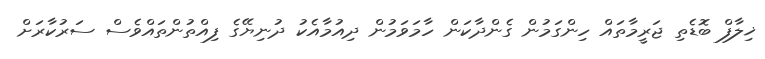
ޚިލާފް ބޮޑެތި ޖަރީމާތައް ހިންގަމުން ގެންދާކަން ހާމަވަމުން ދިއުމާއެކު ދުނިޔޭގެ ފިއްތުންތައްވެސް ސަރުކާރަށް